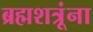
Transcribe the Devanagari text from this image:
ब्रह्मशत्रूंना